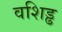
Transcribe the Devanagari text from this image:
वशिड्ढ